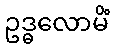
ဥဒ္ဓလောမိံ